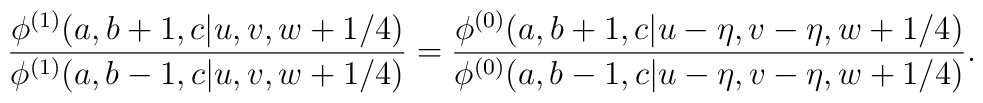
\displaystyle{\frac{\phi^{(1)}(a,b+1,c|u,v,w+1/4)}                    {\phi^{(1)}(a,b-1,c|u,v,w+1/4)}} =  \displaystyle{\frac{\phi^{(0)}(a,b+1,c|u-\eta,v-\eta,w+1/4)}                     {\phi^{(0)}(a,b-1,c|u-\eta,v-\eta,w+1/4)}}.